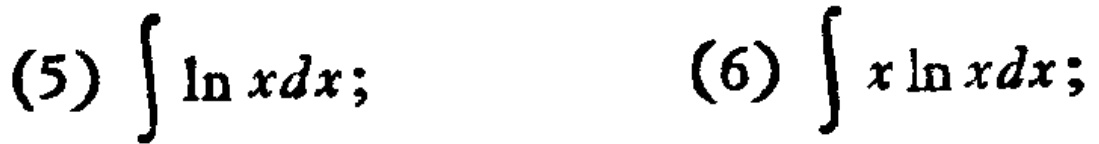
(5) \(\int \ln xdx;\)
(6) \(\int x\ln xdx;\)